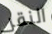
النقر